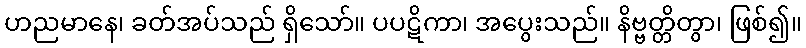
ဟညမာနေ၊ ခတ်အပ်သည် ရှိသော်။ ပပဋိကာ၊ အပွေးသည်။ နိဗ္ဗတ္တိတွာ၊ ဖြစ်၍။